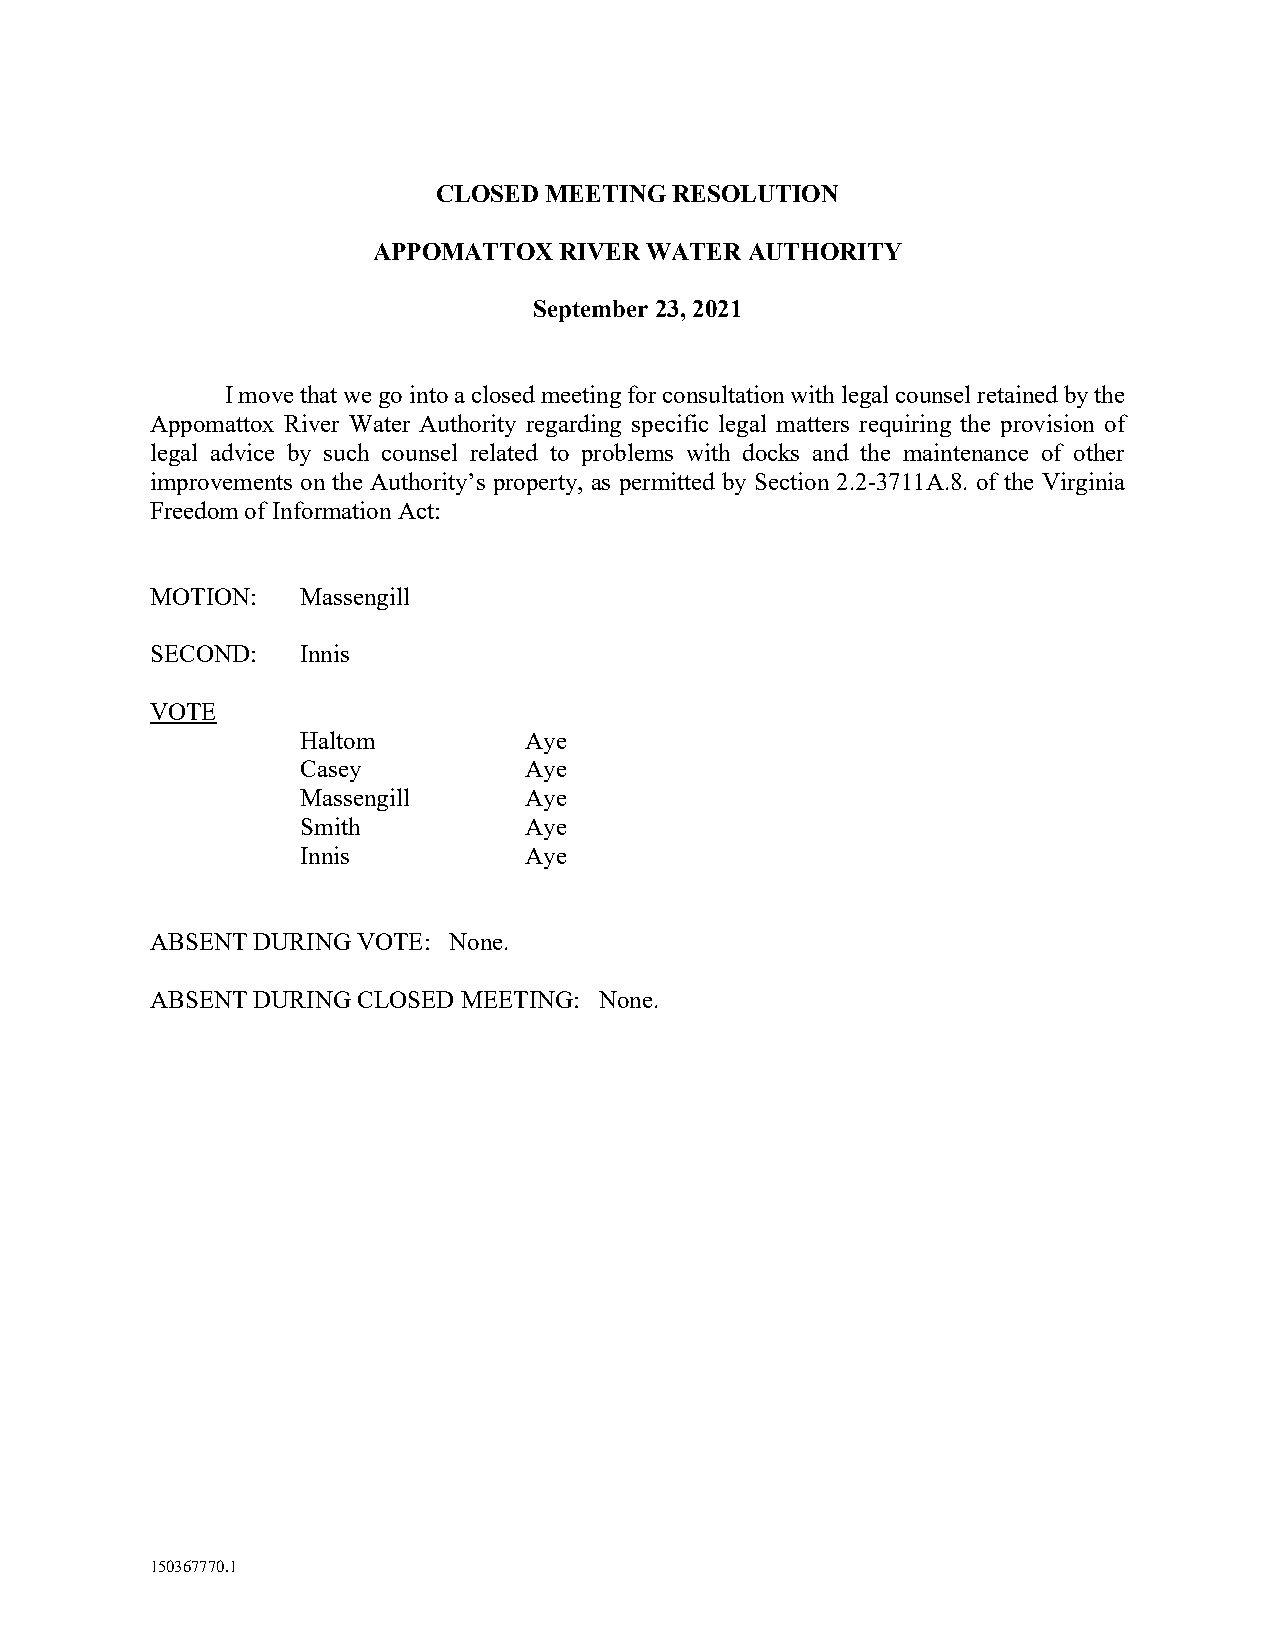
CLOSED MEETING  RESOLUTION
 APPOMATTOX  RIVER WATER AUTHORITY
 September 23, 2021
 I move that we go into a closed meeting for consultation with legal counsel retained by the
 Appomattox River Water Authority regarding specific legal matters requiring the provision of
 legal advice by such counsel related to problems with docks and the maintenance of other
 improvements on the Authority’s property, as permitted by Section 2.2-3711A.8. of the Virginia
 Freedom of Information Act:
 MOTION:   Massengill
 SECOND:   Innis
 VOTE
 Haltom         Aye
 Casey          Aye
 Massengill     Aye
 Smith          Aye
 Innis          Aye
 ABSENT DURING VOTE: None.
 ABSENT DURING CLOSED MEETING: None.
 150367770.1